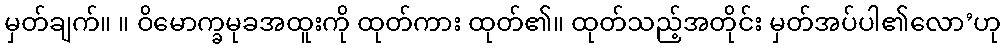
မှတ်ချက်။ ။ ဝိမောက္ခမုခအထူးကို ထုတ်ကား ထုတ်၏။ ထုတ်သည့်အတိုင်း မှတ်အပ်ပါ၏လော’ဟု